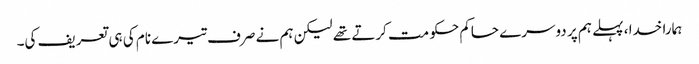
ہمارا خدا ، پہلے ہم پر دوسرے حاکم حکو مت کرتے تھے لیکن ہم نے صرف تیرے نام کی ہی تعریف کی۔